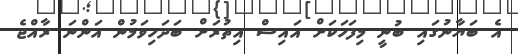
އެ ބަޔާނުގައި ބުނީ މިފަހަކަށް އައިސް އިތުރަށް ބަދަހިވަމުން އަންނަ ރާއްޖެ